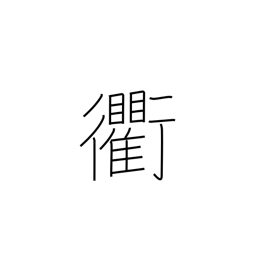
Meaning: crossroads